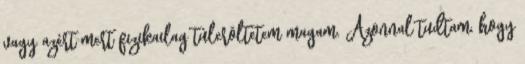
vagy azért mert fizikailag túlerõltetem magam. Azonnal tudtam, hogy